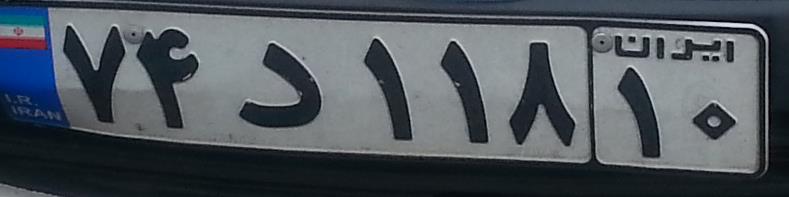
۷۴د۱۱۸۱۰